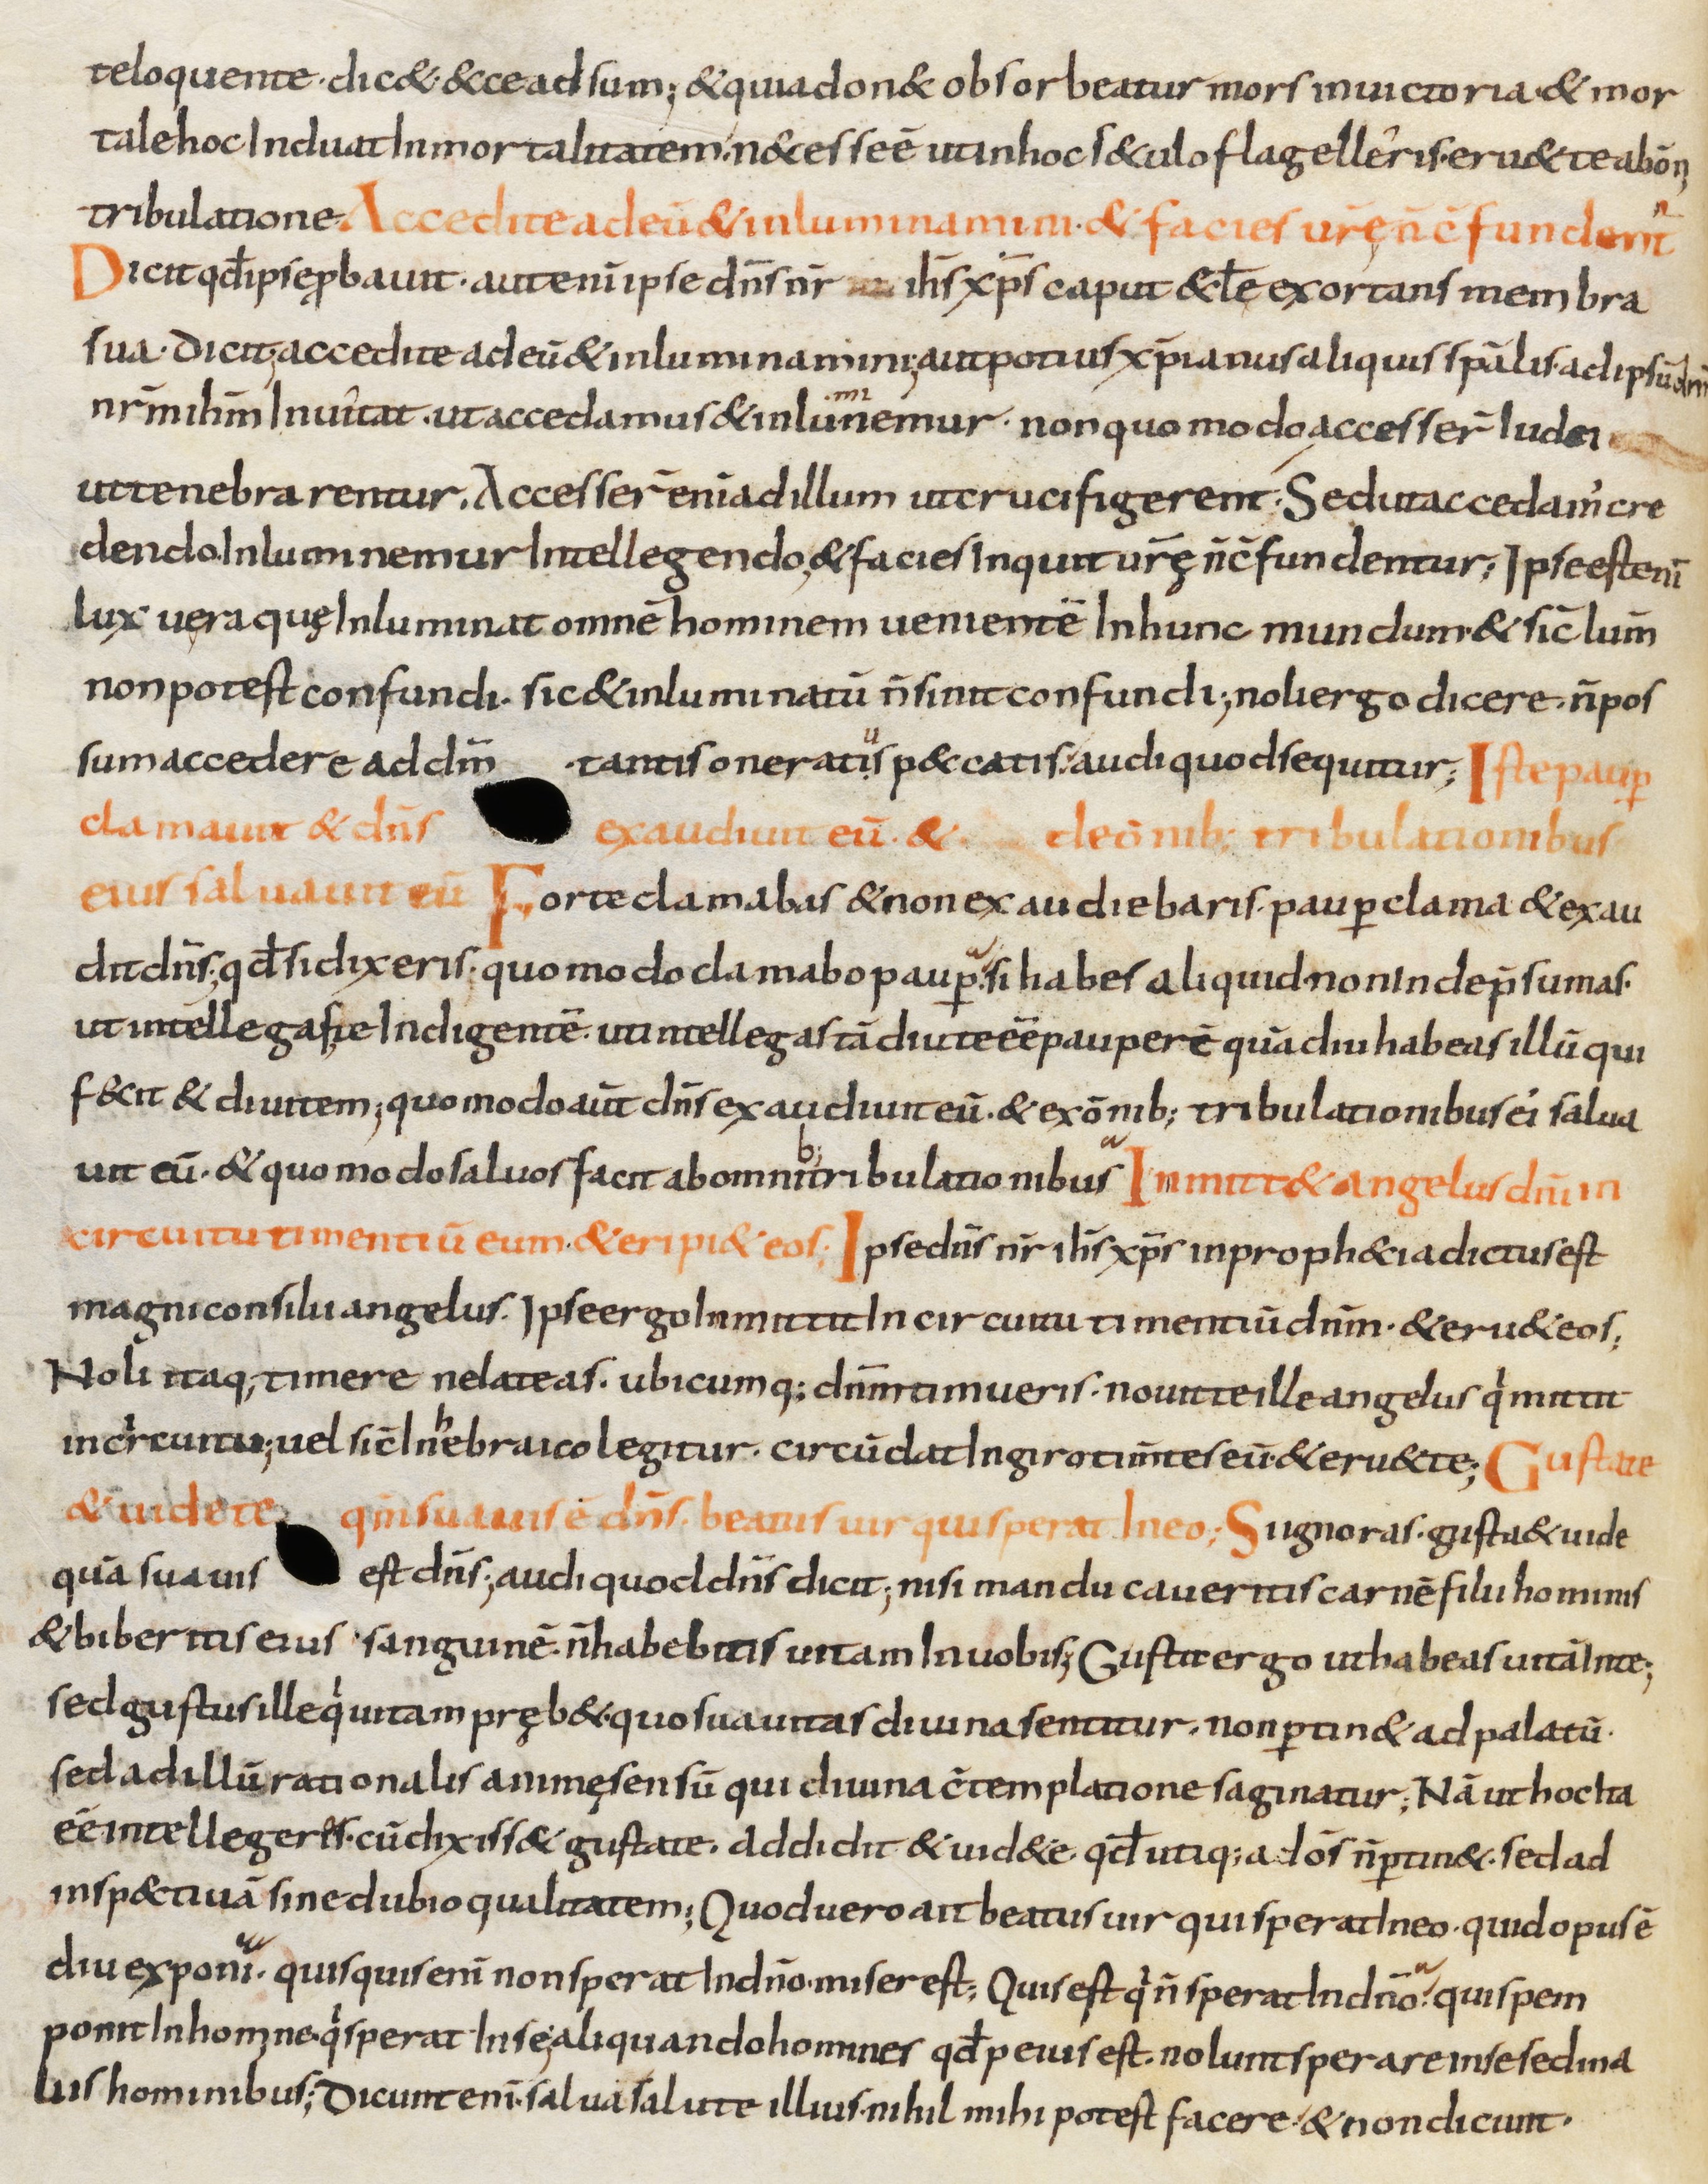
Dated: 800–899